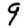
Digit: 9